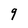
Character: 9